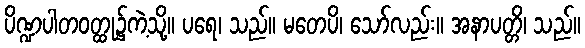
ပိဏ္ဍပါတဝတ္ထု၌ကဲ့သို့။ ပရေ၊ သည်။ မတေပိ၊ သော်လည်း။ အနာပတ္တိ၊ သည်။